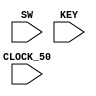
`timescale 1ns/1ns
/*
THE FOLLOWING ASSUMPTIONS ARE MADE:

audio input ON  = 1
audio input OFF = 0

function LIGHT = 1
function DOOR  = 0
*/

module project(

	input [5:0] SW,
	input [3:0] KEY,
	input CLOCK_50

); //top level module instantiation
	
	//input wires to controlpath and datapath
	wire keyboardin;
	wire audin;
	wire countDone; //FROM COUNTERS IN VGA DATAPATH
	
	//output wires from datapath
	wire [7:0] xcoordoutput;
	wire [6:0] ycoordoutput;
	wire [3:0] audoutput;
	wire [2:0] loadkeyboard;
	wire roomnoreg;
	wire loadaudio;
	
	//
	wire [5:0] coordsel0;
	
	//enable signal wires
	wire enable0;
	wire enable1;
	wire enable2;
	wire enable3;
	wire enable4;
	wire selonoffsignal;
	wire [1:0] selfunction;
	wire clearstart;
	wire drawenable;
	wire loadenable;
	wire [2:0] selsw;

	controlpath controlpath_inst(
		
		.loadinputs(KEY[1]),
		.clock(CLOCK_50),
		.reset(KEY[0]),
		.clear(KEY[2]),
		.keyboardin(keyboardin),
		.audin(audin),
		.room0(SW[0]),
		.room1(SW[1]),
		.room2(SW[2]),
		.room3(SW[3]),
		.room4(SW[4]),
		.alllocked(KEY[3]),
		.countDone(countDone),
		.enable0(enable0),
		.enable1(enable1),
		.enable2(enable2),
		.enable3(enable3),
		.enable4(enable4),
		.selonoff(selonoffsignal),
		.selfunct(selfunction),
		.clearinitsignal(clearstart),
		.loadenable(loadenable),
		.selsw(selsw)
		
	);
	

	datapath datapath_inst(
	
		.clock(CLOCK_50),
		.reset(KEY[0]),
		.loadenable(loadenable),
		.enable0(enable0),
		.enable1(enable1),
		.enable2(enable2),
		.enable3(enable3),
		.enable4(enable4),
		.room0(SW[0]),
		.room1(SW[1]),
		.room2(SW[2]),
		.room3(SW[3]),
		.room4(SW[4]),
		.selonoff(selonoffsignal),
		.selsw(selsw),
		.selfunct(selfunction),
		.clearinitsignal(clearstart),
		.keyboardin(keyboardin),
		.audin(audin),
		.xcoord(xcoordoutput),
		.ycoord(ycoordoutput),
		.audout(audoutput),
		.coordsel0(coordsel0),
		.loadkeyboard(loadkeyboard),
		.roomnoreg(roomnoreg),
		.loadaudio(loadaudio)
	
	);
	

endmodule


module controlpath(

	input loadinputs, //the pushbutton, loadinputs
	input clock, 
	input reset,
	input clear,
	input keyboardin, //keyboard input (L or D)
	input audin,	//Audio input (on or off, 1/0)
	input room0, room1, room2, room3, room4, //switch input (select room number 0-9)
	input alllocked, //switch input (for "all locked")
	input countDone, //VGA Datapath sends countDone = 1 when finished drawing
	
	output reg enable0, enable1, enable2, enable3, enable4, //signals to select which room we load function and ON/OFF to
	output reg selonoff, //sort stored audio registers by ON/OFF for audio datapath
	output reg [1:0] selfunct, //sort stored audio registers by Light/Door function
	output reg clearinitsignal,
	output reg loadenable, //enable loading of inputs
	output reg [2:0] selsw
	
);

	reg [5:0] current_state, next_state;
	
	localparam
		INPUTS_WAIT = 6'd0, //enable input registers
		LOAD_INPUTS = 6'd1, //button for loading inputs pressed, load data onto input registers
		
		ROOM0 = 6'd2,
		ROOM1 = 6'd3,
		ROOM2 = 6'd4,
		ROOM3 = 6'd5,
		ROOM4 = 6'd6,
		ALLLOCKED = 6'd7,
		
		DONE_DRAW = 6'd8, //Finish drawing VGA display image, so set Done = 1
		DONE = 6'd9,	//Reach this state when Done = 1
		CLEAR = 6'd10, //Clear VGA Display of everything
		DONE_CLEAR = 6'd11; //When finished clearing, set Done = 1
		
	
	//State table:
	
	always @(*)
		begin: state_table
			case(current_state)
				//IMPLEMENT SETUPSCREEN STATE
				
				INPUTS_WAIT: next_state = !loadinputs ? INPUTS_WAIT : LOAD_INPUTS;
				
				LOAD_INPUTS: begin
					if (loadinputs) //if input button on, keep waiting
						next_state = LOAD_INPUTS;
						
					else if (!loadinputs) //if input button off, draw VGA display image based on what is in register
						if (room0 == 1'b1)
							next_state = ROOM0;
						else if (room1 == 1'b1)
							next_state = ROOM1;
						else if (room2 == 1'b1)
							next_state = ROOM2;
						else if (room3 == 1'b1)
							next_state = ROOM3;
						else if (room4 == 1'b1)
							next_state = ROOM4;
						else if (alllocked == 1'b1)
							next_state = ALLLOCKED;
				end
				
				ROOM0: next_state = countDone ? DONE_DRAW : ROOM0;
				
				ROOM1: next_state = countDone ? DONE_DRAW : ROOM1;
				
				ROOM2: next_state = countDone ? DONE_DRAW : ROOM2;
				
				ROOM3: next_state = countDone ? DONE_DRAW : ROOM3;
				
				ROOM4: next_state = countDone ? DONE_DRAW : ROOM4;
				
				ALLLOCKED: next_state = DONE;
				
				DONE_DRAW: next_state = DONE;
				
				DONE: next_state = LOAD_INPUTS;
				
				CLEAR: next_state = countDone ? DONE_CLEAR : CLEAR;
				
				DONE_CLEAR: next_state = DONE;
				
				default: next_state = LOAD_INPUTS;
				
			endcase
		end
	
	//enable signals for each case
	
	
	always @(*)
		begin: enable_signals
			
			//by default, make all enable signals 0
			enable0 = 1'b0;
			enable1 = 1'b0;
			enable2 = 1'b0;
			enable3 = 1'b0;
			enable4 = 1'b0;
			selonoff = 1'b0;
			selfunct = 1'b0;
			clearinitsignal = 1'b0;
			loadenable = 1'b0;
			
			case(current_state)
			
				LOAD_INPUTS: begin
					loadenable = 1'b1;
					if (room0 == 1'b1) //when load is enabled, also send signal to multiplexer that inputs switch input into sw input register
						selsw = 3'd0;
					else if (room1 == 1'b1)
						selsw = 3'd1;
					else if (room2 == 1'b1)
						selsw = 3'd2;
					else if (room3 == 1'b1)
						selsw = 3'd3;
					else if (room4 == 1'b1)
						selsw = 3'd4;
				end
				
				ROOM0: begin //When we have selected room 1, pass input function (L or D) and ON?OFF input to Room 0 registers
					enable0 = 1'b1;
					if (keyboardin == 1 && audin == 0) begin//Enable signals for audio output
						selonoff = 1'b0; //where 0 selects OFF
						selfunct = 2'b00; //where 1 selects Light function
					end
					
					else if (keyboardin == 1 && audin == 1) begin//select audio message for L11
						selonoff = 1'b1; 	
						selfunct = 2'b00; 
					end
					
					else if (keyboardin == 0 && audin == 0) begin//select audio message for D00
						selonoff = 1'b0; 
						selfunct = 2'b10; 
					end
					
					else if (keyboardin == 0 && audin == 1) begin//select audio message for D01
						selonoff = 1'b1; 
						selfunct = 2'b10; 
					end
					
				end 
				
				ROOM1: begin
					enable1 = 1'b1;
					if (keyboardin == 1 && audin == 0) begin//Enable signals for audio output
						selonoff = 1'b0; //where 0 selects OFF
						selfunct = 2'b00; //where 1 selects Light function
					end
					
					else if (keyboardin == 1 && audin == 1) begin//select audio message for L11
						selonoff = 1'b1; 
						selfunct = 2'b00; 
					end
					
					else if (keyboardin == 0 && audin == 0) begin//select audio message for D00
						selonoff = 1'b0; 
						selfunct = 2'b10; 
					end
					
					else if (keyboardin == 0 && audin == 1) begin//select audio message for D01
						selonoff = 1'b1; 
						selfunct = 2'b10; 
					end
				end
				
				ROOM2: begin
					enable2 = 1'b1;
					if (keyboardin == 1 && audin == 0) begin//Enable signals for audio output
						selonoff = 1'b0; //where 0 selects OFF
						selfunct = 2'b00; //where 1 selects Light function
					end
					
					else if (keyboardin == 1 && audin == 1) begin//select audio message for L11
						selonoff = 1'b1; 
						selfunct = 2'b00; 
					end
					
					else if (keyboardin == 0 && audin == 0) begin//select audio message for D00
						selonoff = 1'b0; 
						selfunct = 2'b10; 
					end
					
					else if (keyboardin == 0 && audin == 1) begin//select audio message for D01
						selonoff = 1'b1; 
						selfunct = 2'b10; 
					end
				end
				
				ROOM3: begin
					enable3 = 1'b1;
					if (keyboardin == 1 && audin == 0) begin//Enable signals for audio output
						selonoff = 1'b0; //where 0 selects OFF
						selfunct = 2'b00; //where 1 selects Light function
					end
					
					else if (keyboardin == 1 && audin == 1) begin//select audio message for L11
						selonoff = 1'b1; 
						selfunct = 2'b00; 
					end
					
					else if (keyboardin == 0 && audin == 0) begin//select audio message for D00
						selonoff = 1'b0; 
						selfunct = 2'b10; 
					end
					
					else if (keyboardin == 0 && audin == 1) begin//select audio message for D01
						selonoff = 1'b1; 
						selfunct = 2'b10; 
					end
				end
				
				ROOM4: begin
					enable4 = 1'b1;
					if (keyboardin == 1 && audin == 0) begin//Enable signals for audio output
						selonoff = 1'b0; //where 0 selects OFF
						selfunct = 2'b00; //where 1 selects Light function
					end
					
					else if (keyboardin == 1 && audin == 1) begin//select audio message for L11
						selonoff = 1'b1; 
						selfunct = 2'b00; 
					end
					
					else if (keyboardin == 0 && audin == 0) begin//select audio message for D00
						selonoff = 1'b0; 
						selfunct = 2'b10; 
					end
					
					else if (keyboardin == 0 && audin == 1) begin//select audio message for D01
						selonoff = 1'b1; 
						selfunct = 2'b10; 
					end
				end
				
				ALLLOCKED: begin
					selfunct = 2'b01;
				end
				
				CLEAR: begin
					clearinitsignal = 1'b1;
				end
			
			endcase
		
		end
		
	
	//FFs controlling transition between states
	always@ (posedge clock)
		begin: state_transitions_FFs
		
			if (reset)
				current_state <= INPUTS_WAIT;
				
			else if (clear)
				current_state <= CLEAR;
			
			else
				current_state <= next_state;
		end
				
	
endmodule	
		

module datapath( //note: instantiate room coordinate selection FSMs inside datapath

	input clock,
	input reset,
	input loadenable,
	input enable0, enable1, enable2, enable3, enable4,
	input room0, room1, room2, room3, room4, //switch input (select room number 0-9)
	input selonoff,
	input [2:0] selsw,
	input [1:0] selfunct,
	input clearinitsignal,
	input keyboardin, //keyboard input (L or D)
	input audin,	//Audio input (on or off, 1/0)
	output reg [7:0] xcoord, 
	output reg [6:0] ycoord,
	output reg [3:0] audout,
	output reg [5:0] coordsel0,
	output reg [2:0] loadkeyboard,
	output reg roomnoreg,
	output reg loadaudio

);
	
	//declare storage registers
	//reg loadkeyboard; //register storing keyboard input
	//reg roomnoreg; //register storing room number
	//reg loadaudio; //register storing audio input
	
	//ROOM 0 REGISTERS
	//reg funct0;
	//reg onoff0;
	
	//ROOM 1 REGISTERS
	reg funct1;
	reg onoff1;
	
	//ROOM 2 REGISTERS
	reg funct2;
	reg onoff2;
	
	//ROOM 3 REGISTERS
	reg funct3;
	reg onoff3;
	
	//ROOM 4 REGISTERS
	reg funct4;
	reg onoff4;
	
	reg [5:0] coordsel1, coordsel2, coordsel3, coordsel4; //to select x and y coordinates for each room (add back coordsel0)
	
	//load audio signal registers
	reg [3:0] L1aud;
	reg [3:0] L0aud;
	reg [3:0] D1aud;
	reg [3:0] D0aud;
	reg [3:0] alllockedaud;
			
	//also, load x and y coordinates for each vga display image
	reg [7:0] L0x;
	reg [6:0] L0y;
	reg [7:0] D0x;
	reg [6:0] D0y;
			
	reg [7:0] L1x;
	reg [6:0] L1y;
	reg [7:0] D1x;
	reg [6:0] D1y;
			
	reg [7:0] L2x;
	reg [6:0] L2y;
	reg [7:0] D2x;
	reg [6:0] D2y;
			
	reg [7:0] L3x;
	reg [6:0] L3y;
	reg [7:0] D3x;
	reg [6:0] D3y;
			
	reg [7:0] L4x;
	reg [6:0] L4y;
	reg [7:0] D4x;
	reg [6:0] D4y;	
	
	//datapath logic
	always@ (*) begin
	
		if (reset) begin

			loadkeyboard <= 0;
			roomnoreg <= 0;
			loadaudio <= 0;
			
			//load audio signal registers
			L1aud <= 3'b000;
			L0aud <= 3'b001;
			D1aud <= 3'b010;
			D0aud <= 3'b011;
			alllockedaud <= 3'b100;
			
			//also, load x and y coordinates for each vga display image
			L0x <= 8'd60;
			L0y <= 7'd73;
			D0x <= 8'd69;
			D0y <= 7'd69;
			
			L1x <= 8'd69;
			L1y <= 7'd69;
			D1x <= 8'd69;
			D1y <= 7'd69;
			
			L2x <= 8'd69;
			L2y <= 7'd69;
			D2x <= 8'd69;
			D2y <= 7'd69;
			
			L3x <= 8'd69;
			L3y <= 7'd69;
			D3x <= 8'd60;
			D3y <= 7'd69;
			
			L4x <= 8'd69;
			L4y <= 7'd69;
			D4x <= 8'd69;
			D4y <= 7'd69;

			//reset output signals
			xcoord <= 0;
			ycoord <= 0;
			audout <= 0;
			
		end
		
		else begin
			
			if (loadenable) begin
				case (selsw) //select switch input to store into room number register
				
					3'd0: 
						roomnoreg = room1;
					3'd1:
						roomnoreg = room1;
					3'd2:
						roomnoreg = room2;
					3'd3:
						roomnoreg = room3;
					3'd4:
						roomnoreg = room4;
						
					default: roomnoreg =1'b0;
					
				endcase
				
				loadkeyboard <= keyboardin;
				
				loadaudio <= audin;
				
			end
			
			else if (enable0) begin //store function and on/off into room 0 registers
				
				coordsel0 <= {loadkeyboard, selsw}; //DEBUG THIS LINE : possible solution is to verify if funct0, onoff0 actually store values correctly
				
				case (coordsel0) //multiplexer choosing x and y coordinates for printing in room 0
				
					6'b000000: begin //room 0, function D
						xcoord <= D0x;
						ycoord <= D0y;
					end
					
					6'b001000: begin //room 0, function L
						xcoord <= L0x;
						ycoord <= L0y;
					end
					
					default: begin
						xcoord <= 0;
						ycoord <= 0;
					end
				
				endcase
			
			end
			
			else if (enable1) begin
				
				coordsel1 <= {loadkeyboard, selsw};
				
				case (coordsel1) //multiplexer choosing x and y coordinates for printing in room 1
				
					6'b000001: begin
						xcoord <= D1x;
						ycoord <= D1y;
					end
					
					6'b001001: begin
						xcoord <= L1x;
						ycoord <= L1y;
					end
					
					default: begin
						xcoord <= 0;
						ycoord <= 0;
					end
				
				endcase
			
			end
			
			else if (enable2) begin
				
				coordsel2 <= {loadkeyboard, selsw};
				
				case (coordsel2) //multiplexer choosing x and y coordinates for printing in room 2
				
					6'b000010: begin
						xcoord <= D2x;
						ycoord <= D2y;
					end
					
					6'b001010: begin
						xcoord <= L2x;
						ycoord <= L2y;
					end
					
					default: begin
						xcoord <= 0;
						ycoord <= 0;
					end
				
				endcase
			
			end
			
			else if (enable3) begin
				
				coordsel3 <= {loadkeyboard, selsw};
				
				case (coordsel3) //multiplexer choosing x and y coordinates for printing in room 1
				
					6'b000011: begin
						xcoord <= D3x;
						ycoord <= D3y;
					end
					
					6'b001011: begin
						xcoord <= L3x;
						ycoord <= L3y;
					end
					
					default: begin
						xcoord <= 0;
						ycoord <= 0;
					end
				
				endcase
			
			end
			
			else if (enable4) begin
				
				coordsel4 <= {loadkeyboard, selsw};
				
				case (coordsel4) //multiplexer choosing x and y coordinates for printing in room 1
				
					6'b001100: begin
						xcoord <= L4x;
						ycoord <= L4y;
					end
					
					6'b000100: begin
						xcoord <= D4x;
						ycoord <= D4y;
					end
				
				endcase
			
			end
			
			else if (clearinitsignal) begin
				xcoord <= 0;
				ycoord <= 0;
			end
		
		end
	
		
		//multiplexers for audio output
		
			case (selfunct)
				
				2'b00: begin //case: L mode
				
					if (selonoff == 1'b0) begin
						audout <= L0aud;
					end
					
					else if (selonoff == 1'b1) begin
						audout <= L1aud;
					end
					
				end
				
				2'b10: begin //case: D mode
				
					if (selonoff == 1'b0) begin
						audout <= D0aud;
					end
					
					else if (selonoff == 1'b1) begin
						audout <= D1aud;
					end
			
				end
				
				2'b01: begin //case all locked mode
				
					audout <= alllockedaud;
				
				end
				
				default: begin
				
					audout <= 4'b0;
					
				end
					
			
			endcase
		
		end
		


endmodule